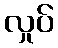
လှုပ်